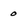
Character: 0